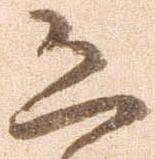
恐